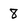
Character: 8